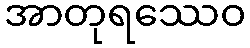
အာတုရဿေဝ